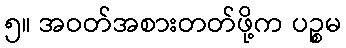
၅။ အဝတ်အစားတတ်ဖို့က ပဉ္စမ